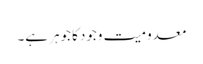
معدومیت وجودکا جوہر ہے۔